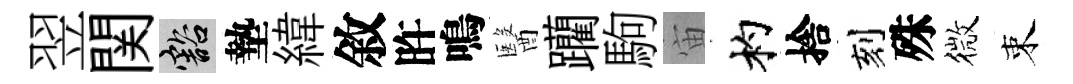
翌関豁墊緯敘旿鳴醫躪駒宙杓捨刻殊微束